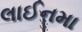
લાઈનમા